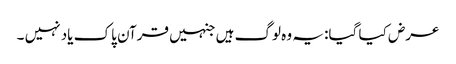
عرض کیا گیا: یہ وہ لوگ ہیں جنہیں قرآن پاک یاد نہیں ۔